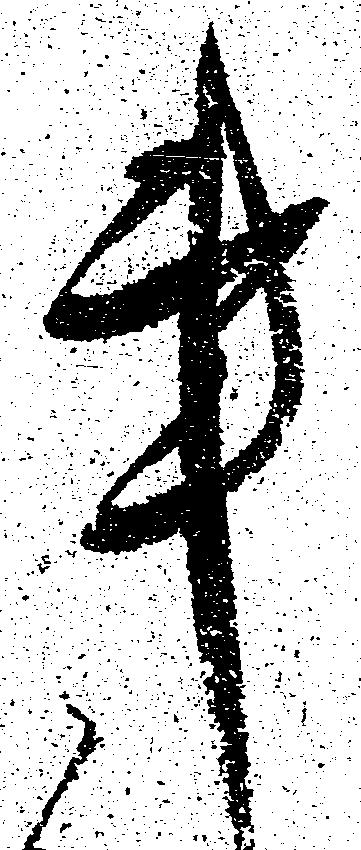
事